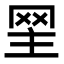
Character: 𦊝